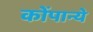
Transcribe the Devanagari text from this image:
कोंपान्ये